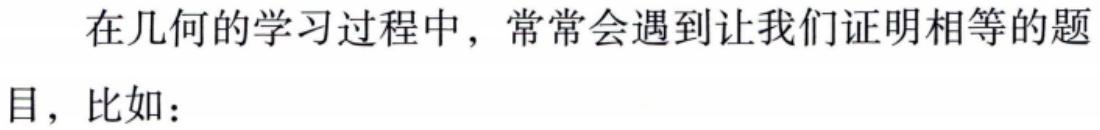
在几何的学习过程中，常常会遇到让我们证明相等的题目，比如：